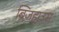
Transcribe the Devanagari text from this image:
ब्रिजहाउस